Indian journal of veterinary science and animal husbandry - Volume 8,
Year: 1938
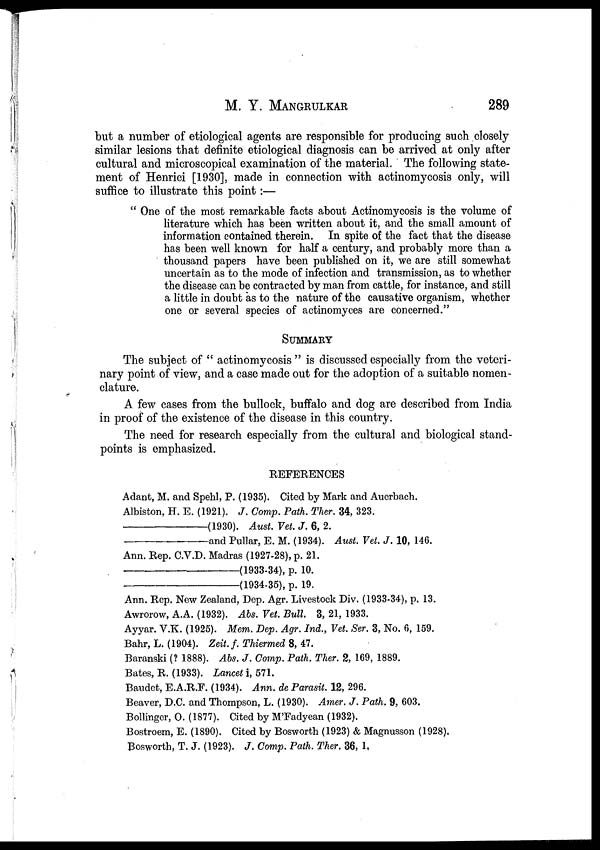
M. Y.
MANGRULKAR
289
but a number of etiological agents are responsible for producing such closely
similar lesions that definite etiological diagnosis can be arrived at only after
cultural and microscopical examination of the material. The following state-
ment of Henrici [1930], made in connection with actinomycosis only, will
suffice to illustrate this point:—
" One of the most remarkable facts about Actinomycosis is the volume of
literature which has been written about it, and the small amount of
information contained therein. In spite of the fact that the disease
has been well known for half a century, and probably more than a
thousand papers have been published on it, we are still somewhat
uncertain as to the mode of infection and transmission, as to whether
the disease can be contracted by man from cattle, for instance, and still
a little in doubt as to the nature of the causative organism, whether
one or several species of actinomyces are concerned."
SUMMARY
The subject of " actinomycosis " is discussed especially from the veteri-
nary point of view, and a case made out for the adoption of a suitable nomen-
clature.
A few cases from the bullock, buffalo and dog are described from India
in proof of the existence of the disease in this country.
The need for research especially from the cultural and biological stand-
points is emphasized.
REFERENCES
Adant, M. and Spehl, P. (1935). Cited by Mark and Auerbach.
Albiston, H. E. (1921). J. Comp. Path. Ther. 34, 323.
—(1930).
Aust. Vet. J. 6, 2.
—and
Pullar, E. M. (1934). Aust. Vet. J. 10, 146.
Ann. Rep. C.V.D. Madras (1927-28), p. 21.
—(1933-34),
p. 10.
—(1934-35),
p. 19.
Ann. Rep. New Zealand, Dep. Agr. Livestock Div. (1933-34), p. 13.
Awrorow, A.A. (1932). Abs. Vet. Bull. 3, 21, 1933.
Ayyar. V.K. (1925). Mem. Dep. Agr. Ind., Vet. Ser. 3, No. 6, 159.
Bahr, L. (1904). Zeit. f. Thiermed 8, 47.
Baranski (? 1888). Abs. J. Comp. Path. Ther. 2, 169, 1889.
Bates, R. (1933). Lancet i, 571.
Baudet, E.A.R.F. (1934). Ann. de Parasit. 12, 296.
Beaver, D.C. and Thompson, L. (1930). Amer. J. Path. 9, 603.
Bollinger, O. (1877). Cited by M'Fadyean (1932).
Bostroem, E. (1890). Cited by Bosworth (1923) & Magnusson (1928).
Bosworth, T. J. (1923). J. Comp. Path. Ther. 36, 1.